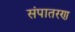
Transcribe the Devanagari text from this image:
संपातरण